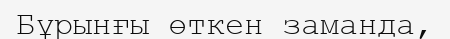
Бұрынғы өткен заманда,